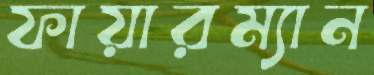
ফায়ারম্যান